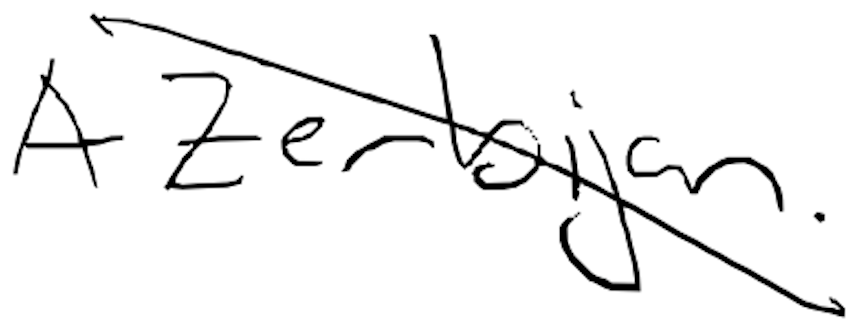
Text: Azerbaijan.
Cross-out: diagonal
Writing tool: digital_black